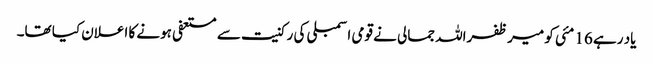
یاد رہے 16 مئی کو میر ظفراللہ جمالی نے قومی اسمبلی کی رکنیت سے مستعفی ہونے کا اعلان کیا تھا۔